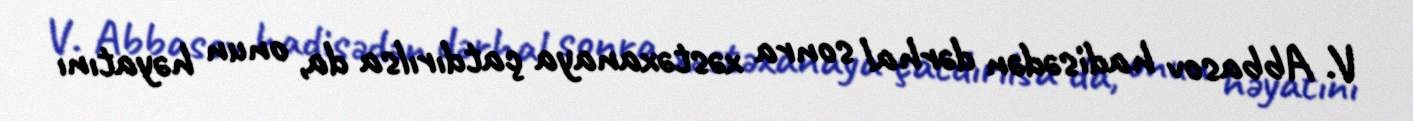
V. Abbasov hadisədən dərhal sonra xəstəxanaya çatdırılsa da, onun həyatını